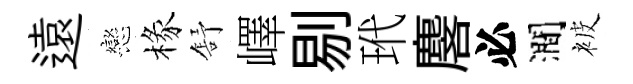
遠戀椽舒嶧剔玳麐必澗被